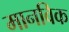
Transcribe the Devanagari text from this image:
मानविक